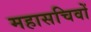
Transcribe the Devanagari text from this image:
महासचिवों